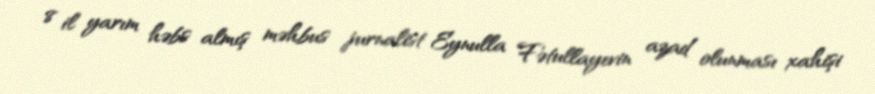
8 il yarım həbs almış məhbus jurnalist Eynulla Fətullayevin azad olunması xahişi